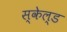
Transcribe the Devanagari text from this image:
स्केल्ड